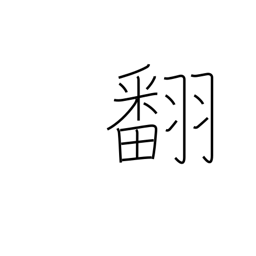
Meaning: change (mind)